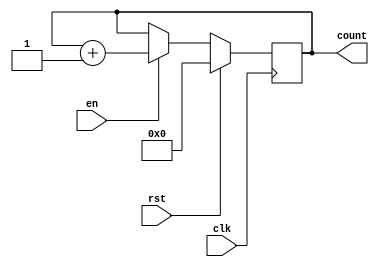
module counter (clk, rst, en, count);

   input clk, rst, en;
   output reg [3:0] count;
   
   always @(posedge clk)
      if (rst)
         count <= 4'd0;
      else if (en)
         count <= count + 4'd1;

endmodule